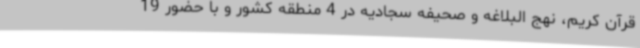
قرآن کریم، نهج البلاغه و صحیفه سجادیه در 4 منطقه کشور و با حضور 19